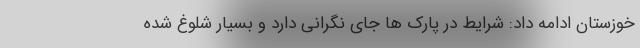
خوزستان ادامه داد: شرایط در پارک ها جای نگرانی دارد و بسیار شلوغ شده